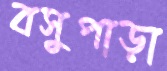
বসুপাড়া